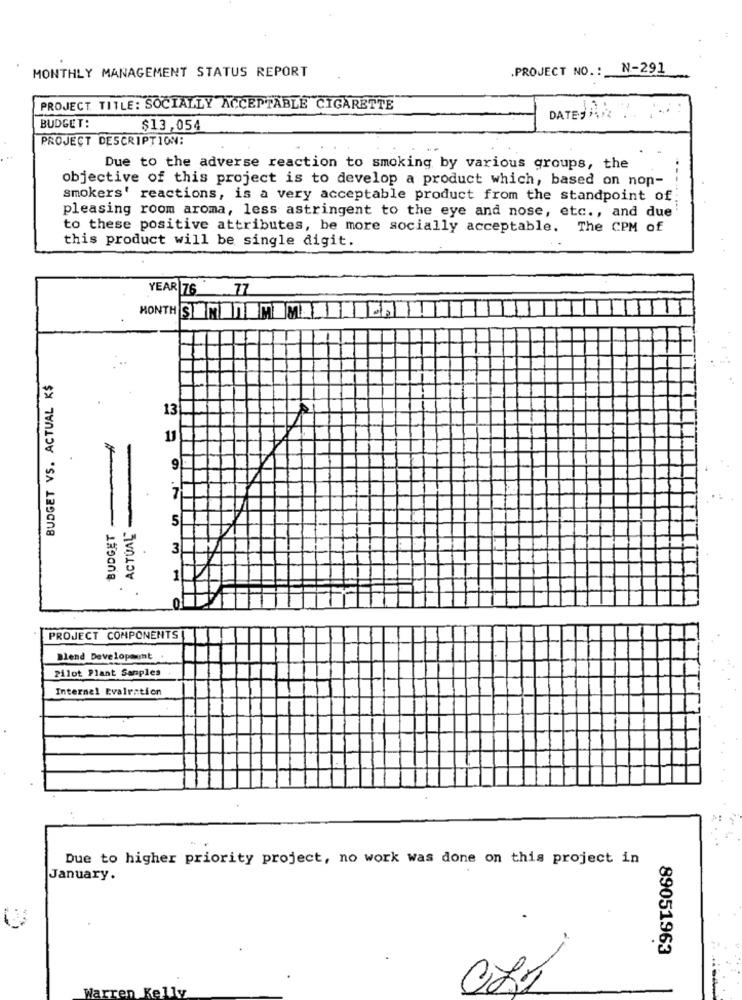
.PROJECT NO .: N-291
MONTHLY MANAGEMENT STATUS REPORT
PROJECT TITLE: SOCIALLY ACCEPTABLE CIGARETTE
BUDGET:
$13,054
PROJECT DESCRIPTION:
Due to the adverse reaction to smoking by various groups, the
objective of this project is to develop a product which, based on non-
smokers' reactions, is a very acceptable product from the standpoint of
pleasing room aroma, less astringent to the eye and nose, etc ., and due
to these positive attributes, be more socially acceptable. The CPM of
this product will be single digit.
YEAR |76 77
MONTH SENITEMEM
BUDGET VS. ACTUAL K$
13
11
7
ACTUAL
5
BUDGET
3
1
of
PROJECT COMPONENTS
Blend Development
Pilot Plant Samples
Internal Evalration
Due to higher priority project, no work was done on this project in
January.
89051963
Warren Kelly